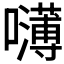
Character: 𰉃